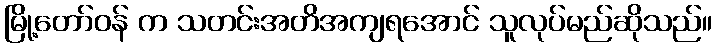
မြို့တော်ဝန် က သတင်းအတိအကျရအောင် သူလုပ်မည်ဆိုသည်။